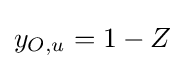
y_{O,u}=1-Z